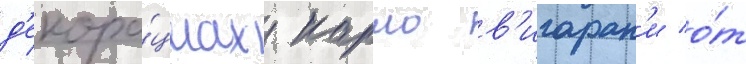
д'екора́циах карло в'игаран'и о́т